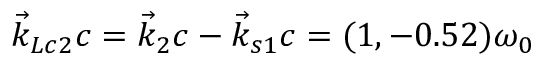
\vec { k } _ { L c 2 } c = \vec { k } _ { 2 } c - \vec { k } _ { s 1 } c = ( 1 , - 0 . 5 2 ) \omega _ { 0 }